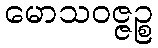
မောသဝဇ္ဇဉ္စ